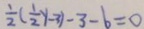
\frac { 1 } { 2 } ( \frac { 1 } { 2 } y - 3 ) - 3 - b = 0